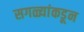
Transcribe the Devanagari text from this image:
सगळ्यांकडून